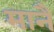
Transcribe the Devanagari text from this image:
मानैं